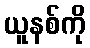
ယူနစ်ကို